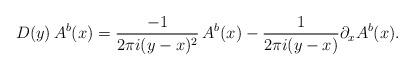
LaTeX: \begin{align*}D(y)\, A^b(x) = {-1 \over 2 \pi i (y-x)^2} \, A^b(x) - {1\over2 \pi i (y-x)}\partial_x A^b(x).\end{align*}